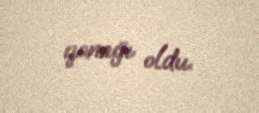
qonağı oldu.